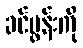
ခင်ပွန်းကို